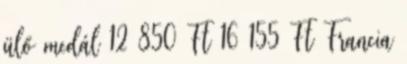
ülő medál 12 850 Ft 16 155 Ft Francia